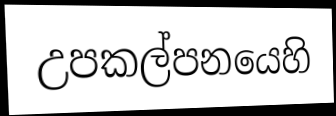
උපකල්පනයෙහි